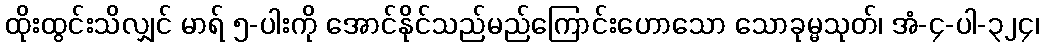
ထိုးထွင်းသိလျှင် မာရ် ၅-ပါးကို အောင်နိုင်သည်မည်ကြောင်းဟောသော သောခုမ္မသုတ်၊ အံ-၄-ပါ-၃၂၄၊